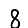
Digit: 8